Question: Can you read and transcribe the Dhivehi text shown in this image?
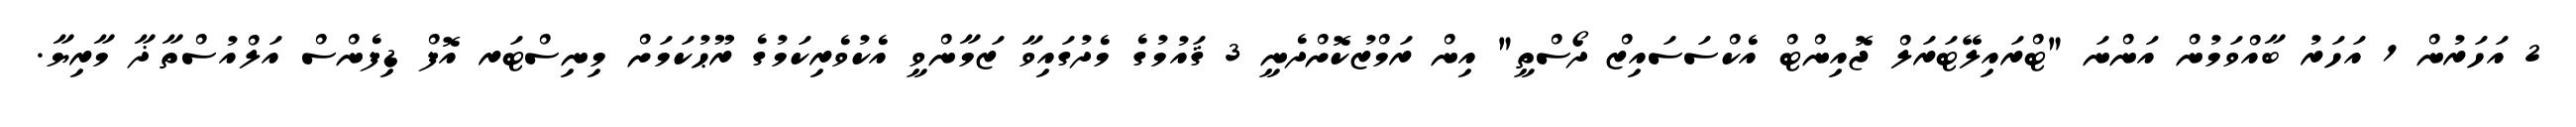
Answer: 2 އަހަރުން 1 އަހަރު ބާއްވަމުން އަންނަ "ޓްރައިލޭޓަރަލް ޖޮއިންޓް އެކްސަސައިޒް ދޯސްތީ" އިން ރަމްޒުކޮށްދެނީ 3 ޤައުމުގެ މެދުގައިވާ ޒަމާންވީ އެކުވެރިކަމުގެ ރޫޙުކަމަށް މިނިސްޓަރ އޮފް ޑިފެންސް އަލްއުސްތާޛާ މާރިޔާ.